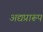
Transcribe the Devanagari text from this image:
अद्यप्रारूप